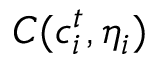
C ( c _ { i } ^ { t } , \eta _ { i } )